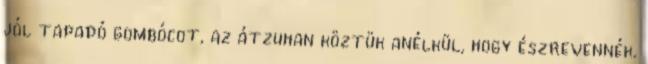
jól tapadó gombócot, az átzuhan köztük anélkül, hogy észrevennék.